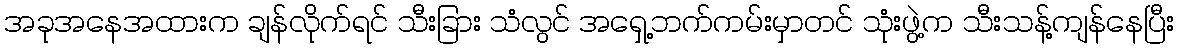
အခုအနေအထားက ချန်လိုက်ရင် သီးခြား သံလွင် အရှေ့ဘက်ကမ်းမှာတင် သုံးဖွဲ့က သီးသန့်ကျန်နေပြီး